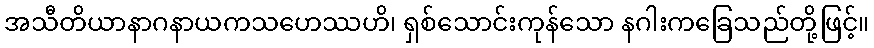
အသီတိယာနာဂနာယကသဟေဿဟိ၊ ရှစ်သောင်းကုန်သော နဂါးကခြေသည်တို့ဖြင့်။